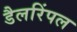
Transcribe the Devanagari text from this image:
डैलरिंपल